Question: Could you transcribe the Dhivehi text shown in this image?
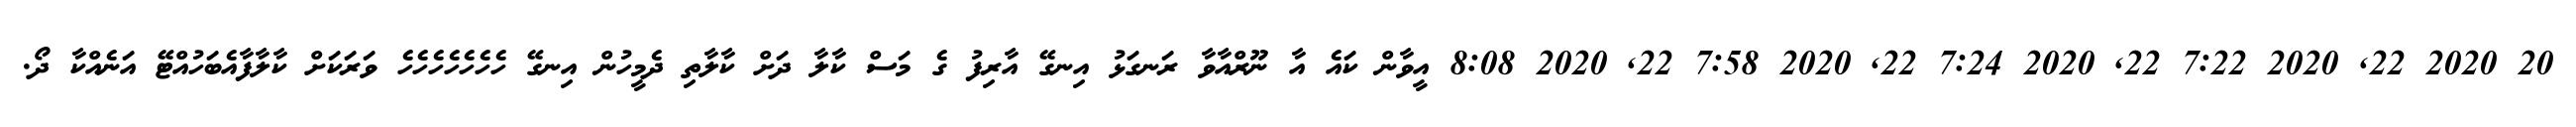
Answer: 20 2020 22, 2020 7:22 22, 2020 7:24 22, 2020 7:58 22, 2020 8:08 އީވާން ކައެ އާ ނޫރްއާވާ ރަނގަޅު އިނގޭ އާރިފު ގެ މަސް ކާލާ ދަށް ކާލާތި ދެމީހުން އިނގޭ ހެހެހެހެހެހެހެ ވަރަކަށް ކާލާފާއެބަހުއްޓޭ އަނެއްކާ ދޯ.